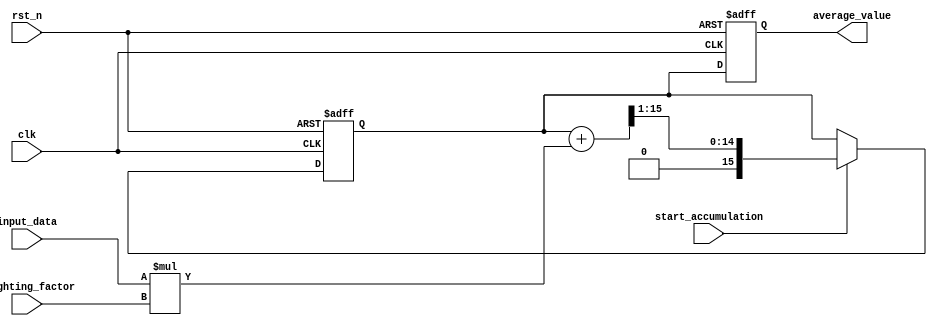
module exp_mov_avg_accumulator(
    input wire clk,
    input wire rst_n,
    input wire [7:0] input_data,
    input wire [7:0] weighting_factor,
    input wire start_accumulation,
    output reg [15:0] average_value
);

reg [15:0] current_average;

always @(posedge clk or negedge rst_n) begin
    if (~rst_n) begin
        current_average <= 16'h0000; // Reset average value to 0
    end else begin
        if (start_accumulation) begin
            current_average <= (current_average + (input_data * weighting_factor)) >> 1; // Update average value
        end
    end
end

always @(posedge clk or negedge rst_n) begin
    if (~rst_n) begin
        average_value <= 16'h0000; // Reset average value to 0
    end else begin
        average_value <= current_average; // Store updated average value in register
    end
end

endmodule